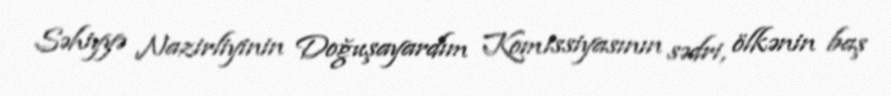
Səhiyyə Nazirliyinin Doğuşayardım Komissiyasının sədri, ölkənin baş